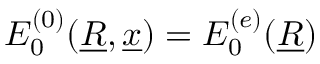
E _ { 0 } ^ { ( 0 ) } ( \underline { { R } } , \underline { { x } } ) = E _ { 0 } ^ { ( e ) } ( \underline { { R } } )